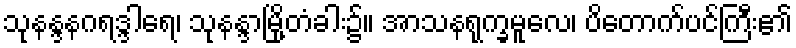
သုနန္ဒနဂရဒ္ဒါရေ၊ သုနန္ဒာမြို့တံခါး၌။ အာသနရုက္ခမူလေ၊ ပိတောက်ပင်ကြီး၏